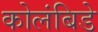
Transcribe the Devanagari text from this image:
कोलंबिडे